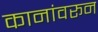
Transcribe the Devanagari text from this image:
कानांवरून